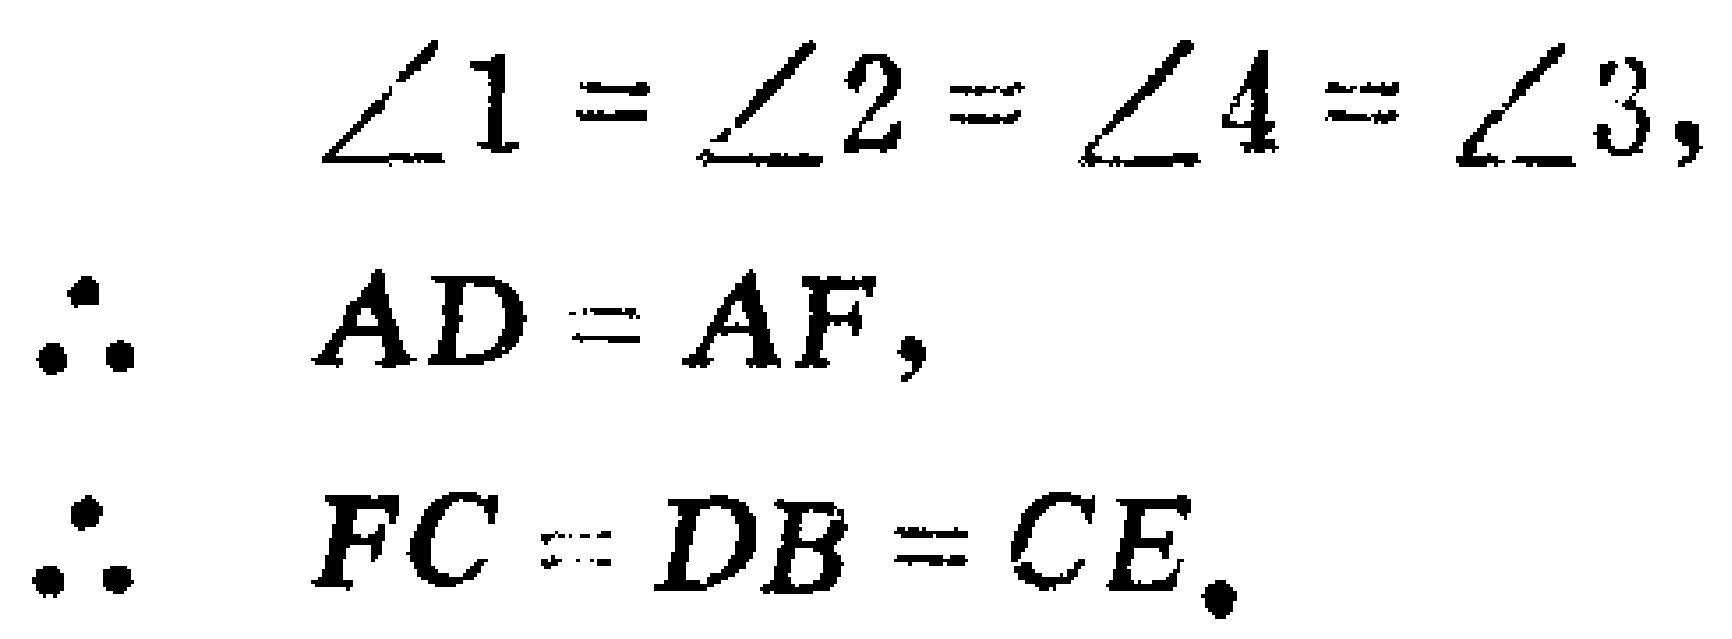
\[\begin{align*}

\angle 1&=\angle 2=\angle 4=\angle 3,\\

\therefore AD&=AF,\\

\therefore FC&=DB = CE.

\end{align*}\]